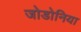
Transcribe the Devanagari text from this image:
जोडोनिया